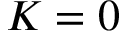
K = 0